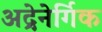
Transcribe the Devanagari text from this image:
अद्रेनेर्गिक